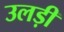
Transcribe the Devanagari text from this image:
उलड़ी